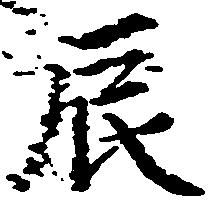
辰